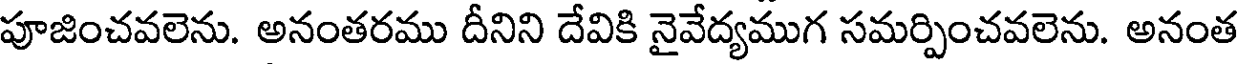
పూజించవలెను. అనంతరము దీనిని దేవికి నైవేద్యముగ సమర్పించవలెను. అనంత